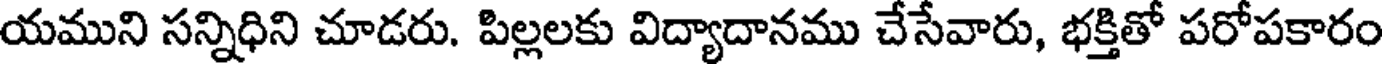
యముని సన్నిధిని చూడరు. పిల్లలకు విద్యాదానము చేసేవారు, భక్తితో పరోపకారం